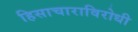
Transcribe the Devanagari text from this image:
हिसाचाराविरोधी